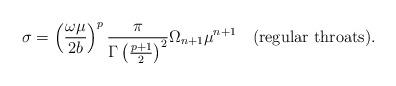
LaTeX: \begin{align*}\sigma = \left({\omega\mu\over 2b}\right)^p {\pi \over \Gamma\left({p+1\over 2}\right)^2}\Omega_{n+1} \mu^{n+1} \quad {\rm (regular\,\, throats)}.\end{align*}